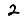
Digit: 2